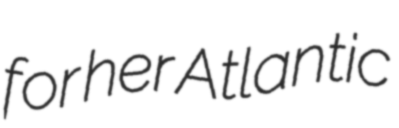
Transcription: for her Atlantic